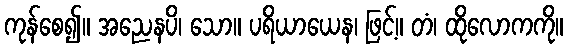
ကုန်စေ၍။ အညေနပိ၊ သော။ ပရိယာယေန၊ ဖြင့်။ တံ၊ ထိုလောကကို။